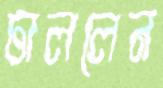
ঢাললেন